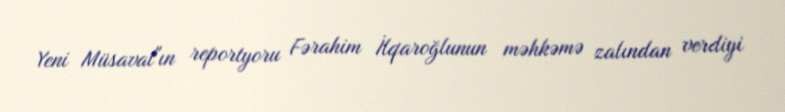
Yeni Müsavat"ın reportyoru Fərahim İlqaroğlunun məhkəmə zalından verdiyi